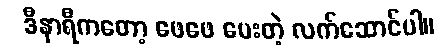
ဒီနာရီကတော့ ဖေဖေ ပေးတဲ့ လက်ဆောင်ပါ။